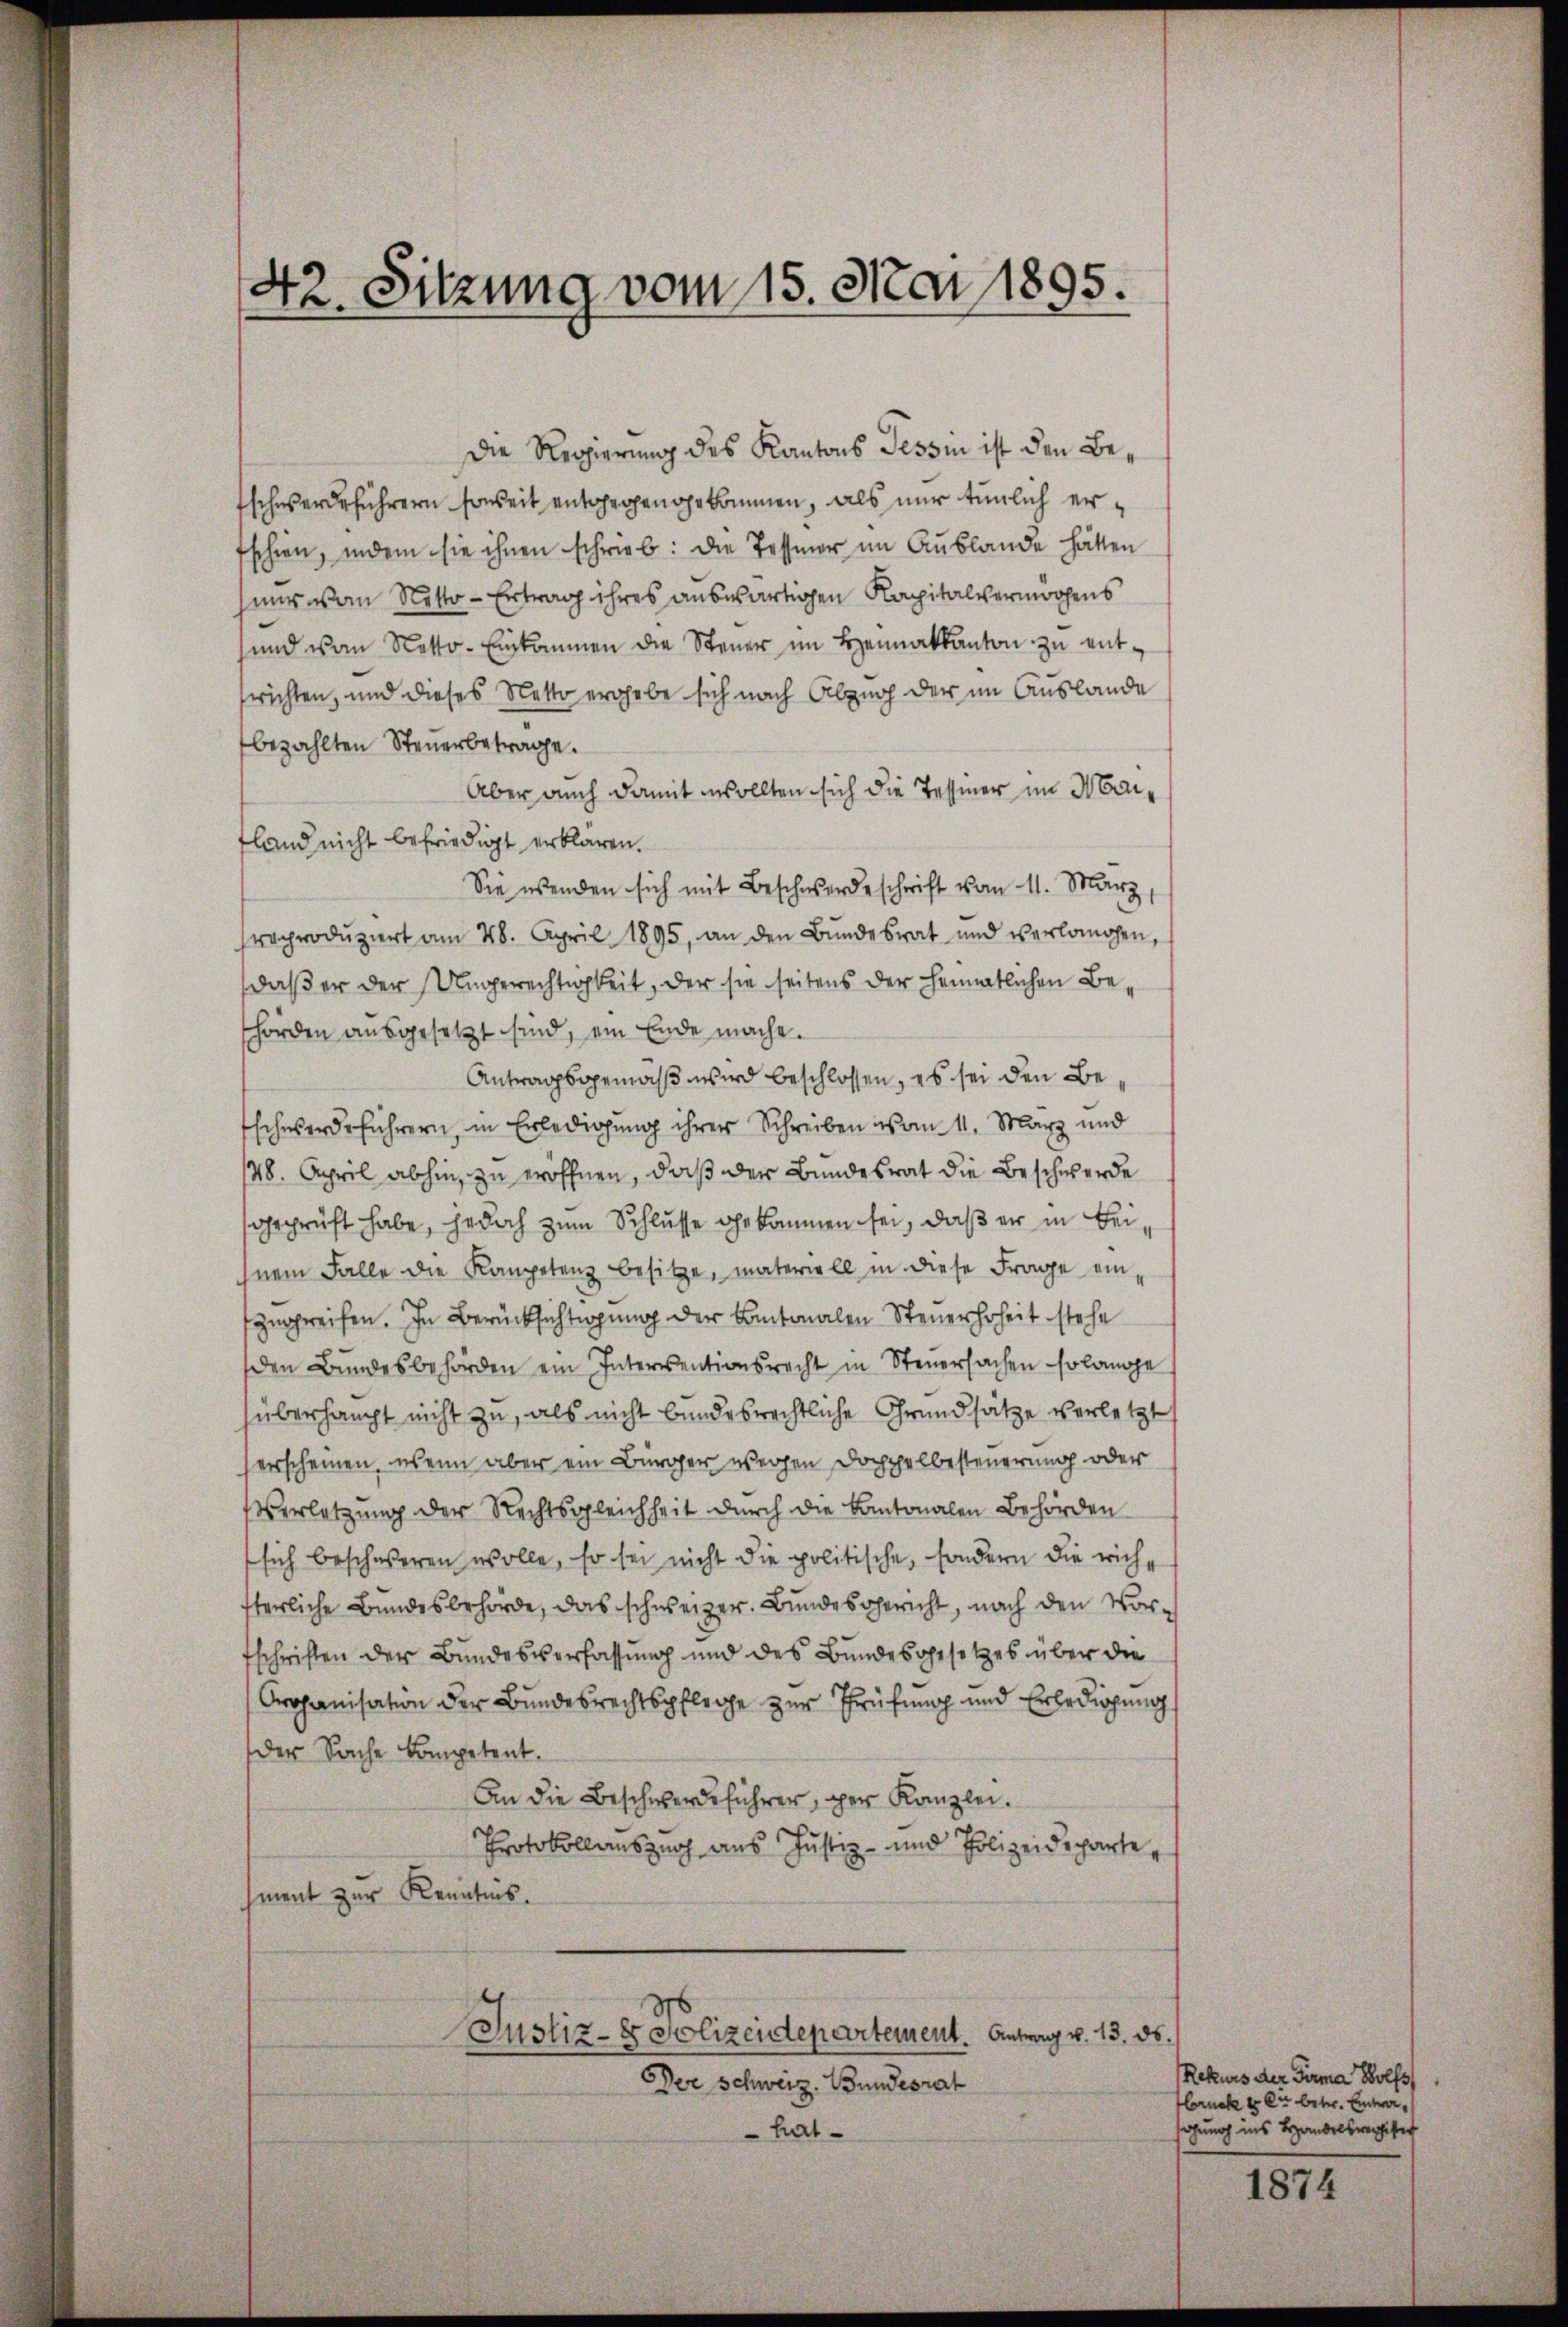
d
12. Sitzung vom 15. Mai 1895.

Die Regierung des Kantons Tessin ist den Be¬
Eschwerdeführern soweit entgegengekommen, als nur tunlich erfschien, indem sie ihnen schrieb: die Tessier im Auslande hätten
nur von Netto-Ertrag ihres auswärtigen Kapitalvermögens
und von Netto-Einkommen die Steuer im Heimatkanton zu entsrichten, und dieses Netto ergebe sich nach Abzug der im Auslande
bezahlten Steuerbetrage.
Aber auch damit wollten sich die Tessier im Maitland nicht befriedigt erklären.
Sie wenden sich mit Beschwerdeschrift vom 11. März
reproduziert am 28. April 1895, an den Bundesrat und verlangen,
daß er der Ungerechtigkeit, der sie seitens der heimatlichen Behörden ausgesetzt sind, ein Ende mache.
Antragsgemäß wird beschlossen, es sei den Be¬
Eschwerdeführern, in Erledigung ihrer Schreiben vom 11. März und
48. April abhin, zu eröffnen, daß der Bundesrat die Beschwerde
geprüft habe, jedoch zum Schlusse gekommen sei, daß er in Beihnem Falle die Kompetenz besitze, materiell in diese Frage einsyngreifen. In Berücksichtigung der Kantonalen Steuerhoheit stehe
den Bundesbehörden ein Interventionsrecht in Steuersachen solange
überhaupt nicht zu, als nicht bundesrechtliche Grundsätze verletzt
herrscheinen, wenn aber ein Bürger wegen Doppelbesteuerung oder
Verletzung der Rechtsgleichheit durch die Kantonalen Behörden
sich beschweren wolle, so sei nicht die politische, sondern die richsterliche Bundesbehörde, das schweizer. Bundesgericht, nach den Vortschriften der Bundesverfassung und des Bundesgesetzes über die
Orojanisation der Bundesrechtspflege zur Prüfung und Erledigung
der Sache Competent.
An die Beschwerdeführer, per Kanzlei.
Protokollauszug aus Justiz- und Polizeideparte,
sment zur Kenntnis.
Justiz- & Polizeidepartement. Antrag v. 13. ds.
Der Schweiz. Bundesrat

hal¬

Rekurs der Firma Bolfs
Hbruck er er betr. Eintreiahung ins Handelsregister

1874